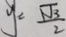
y = \frac { \sqrt { 3 } } { 2 }